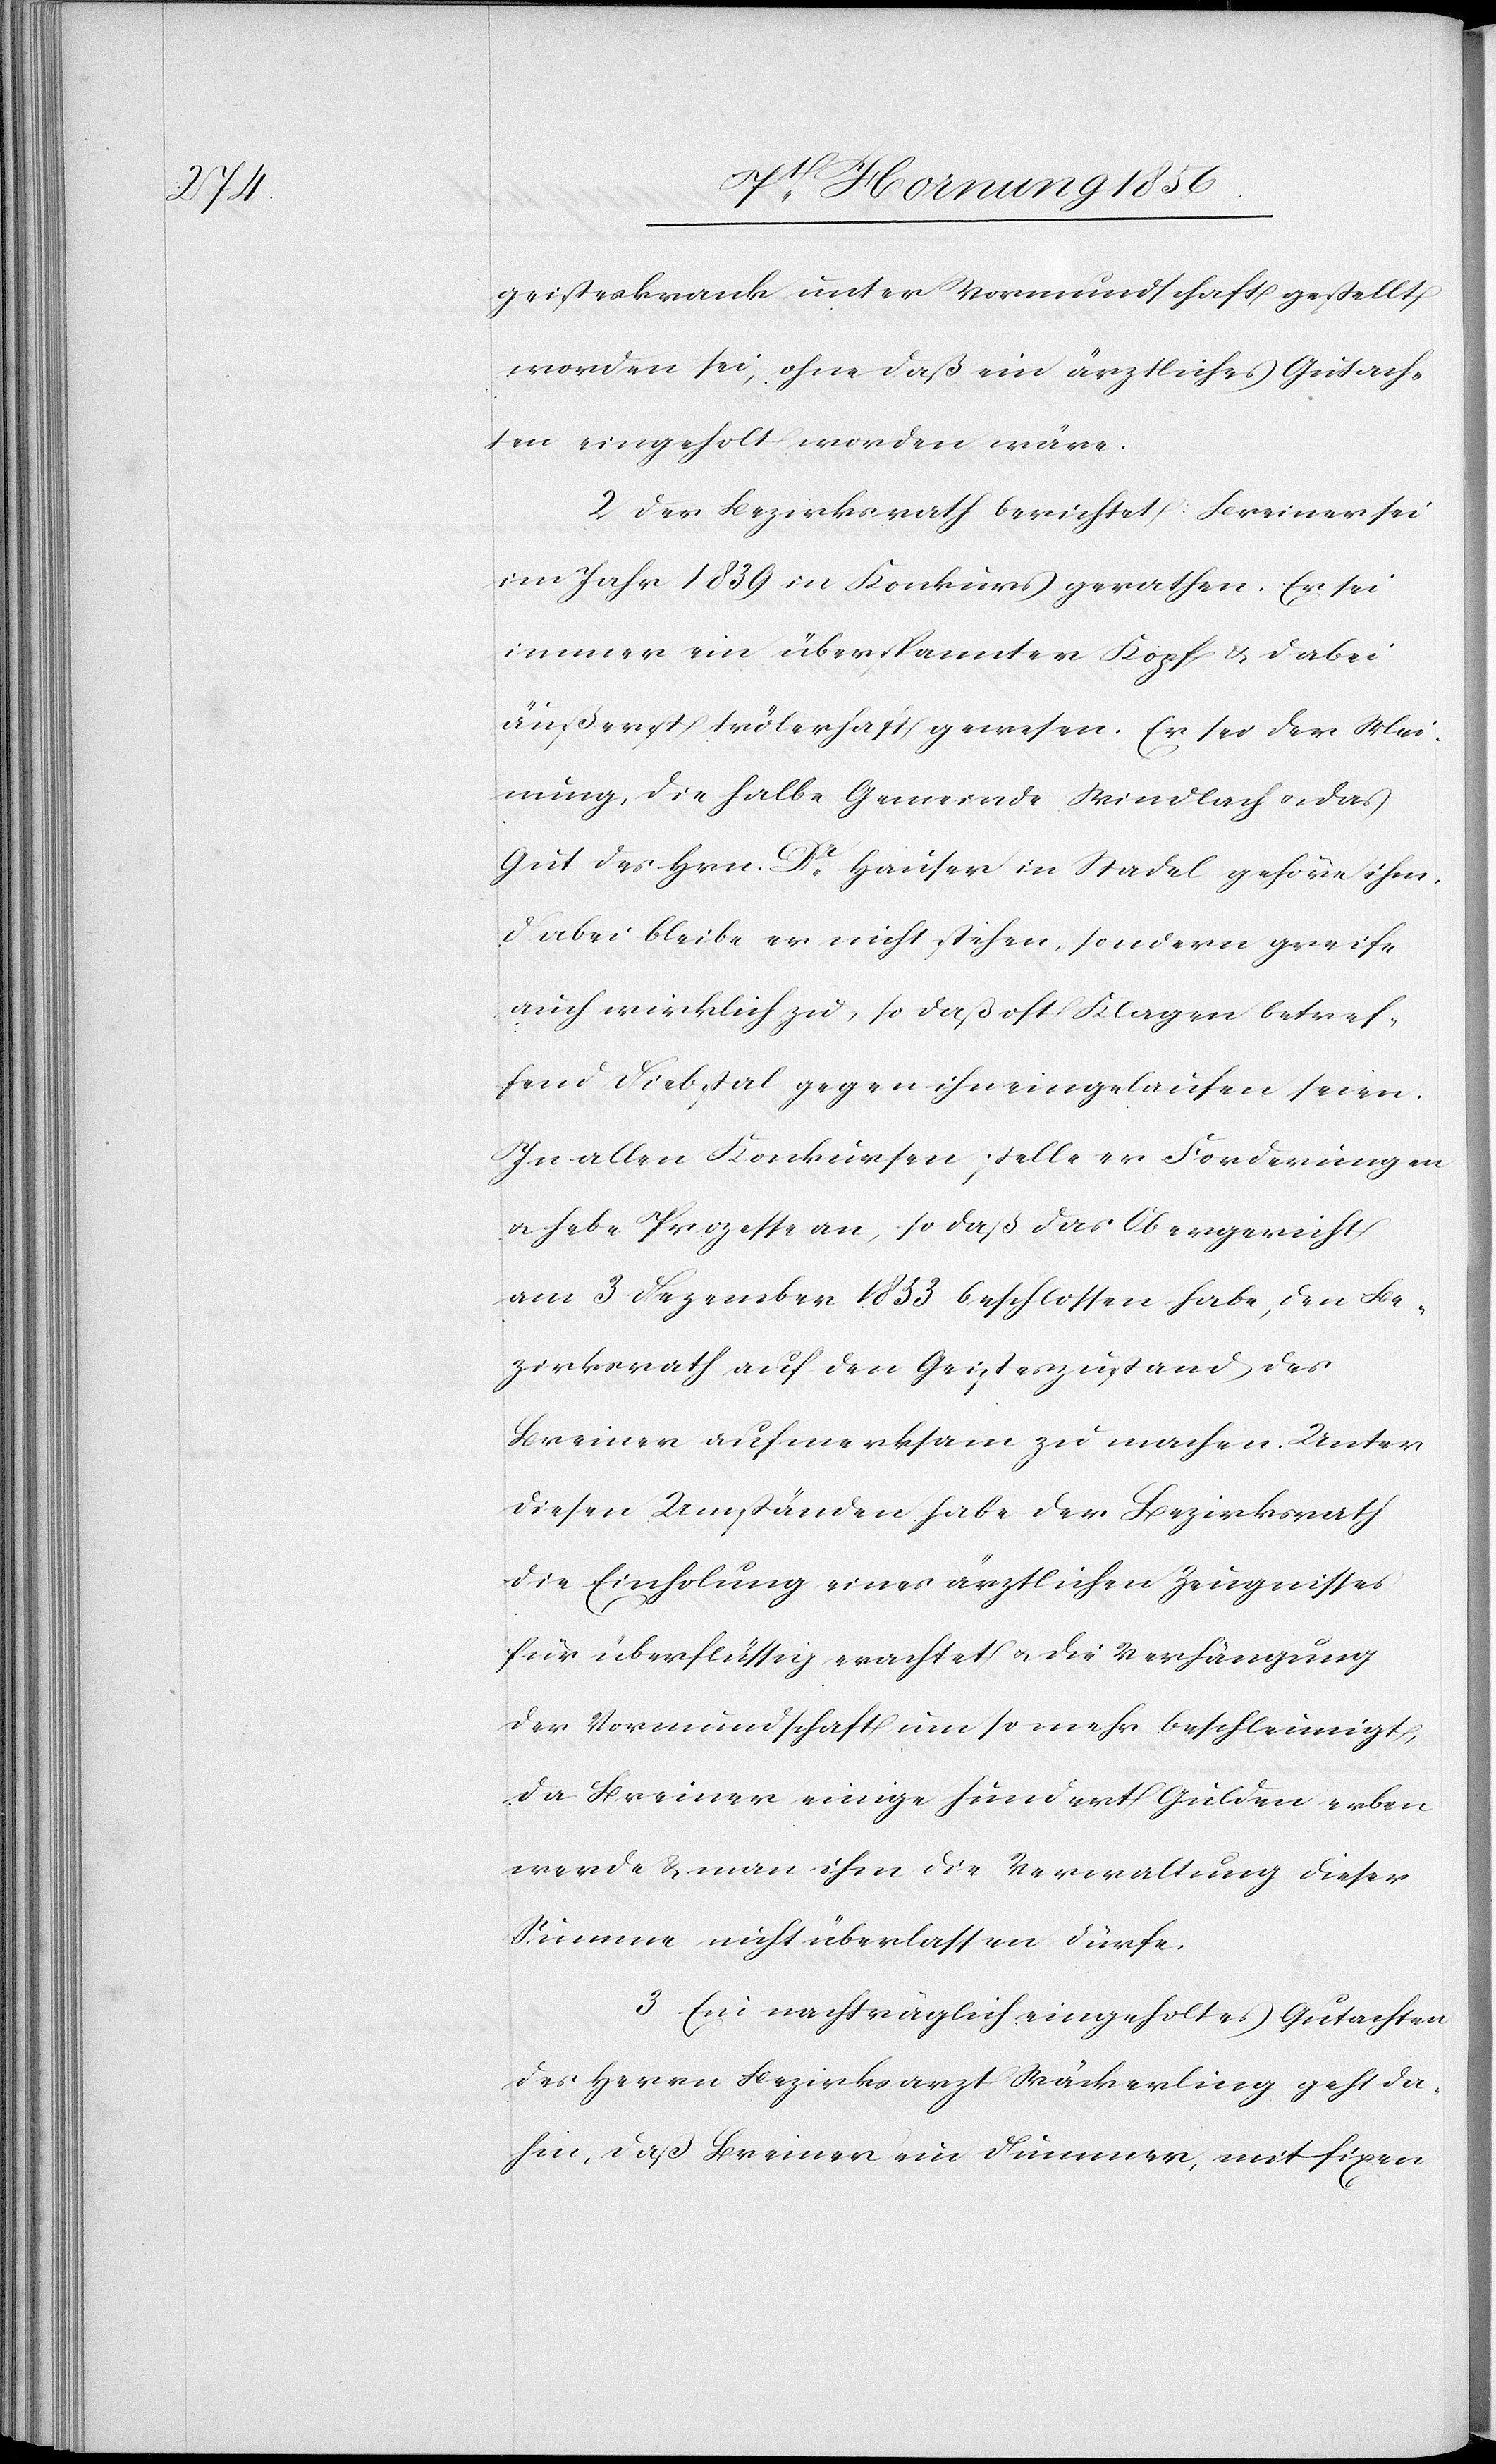
geisteskrank unter Vormundschaft gestellt
worden sei, ohne daß ein ärztliches Gutach¬
ten eingeholt worden wäre.
[.] Der Bezirksrath berichtet: Breiner sei
im Jahr 1839 in Konkurs gerathen. Er sei
immer ein überspannter Kopf & dabei
äußerst trölerhaft gewesen. Er sei der Mei¬
nung, die halbe Gemeinde Windlach u. das
Gut des Hrn. Dr Hauser in Stadel gehöre ihm.
Dabei bleibe er nicht stehen, sondern greife
auch wirklich zu, so daß oft Klagen betref¬
fend Diebstal gegen ihn eingelaufen seien.
In allen Konkursen stelle er Forderungen
u. hebe Prozesse an, so daß das Obergericht
am 3 Dezember 1833 beschlossen habe, den Be¬
zirksrath auf den Geisteszustand des
Breiner aufmerksam zu machen. Unter
diesen Umständen habe der Bezirksrath
die Einholung eines ärztlichen Zeugnisses
für überflüssig erachtet u. die Verhängung
der Vormundschaft um so mehr beschleunigt,
da Breiner einige hundert Gulden erben
werde & man ihm die Verwaltung dieser
Summe nicht überlassen dürfe.
3. Ein nachträglich eingeholtes Gutachten
des Herrn Bezirksarzt Wäckerling geht da¬
hin, daß Breiner ein Dummer, mit fixen